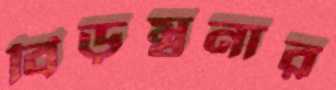
বিড়ম্বনার